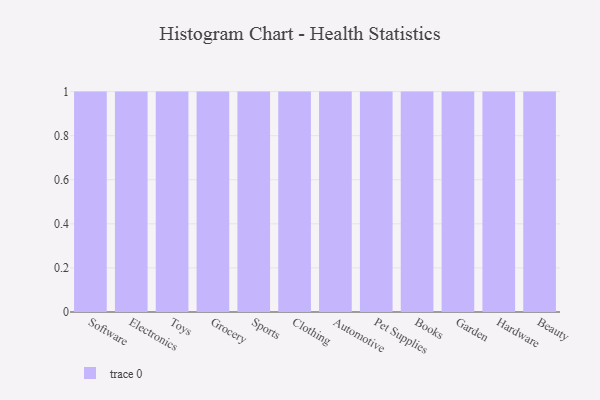
{"axis": {"x": "Category", "y": "Satisfaction Score"}, "legend": [""], "data": [{"x": "Software", "y": 77, "type": ""}, {"x": "Electronics", "y": 53, "type": ""}, {"x": "Toys", "y": 29, "type": ""}, {"x": "Grocery", "y": 50, "type": ""}, {"x": "Sports", "y": 68, "type": ""}, {"x": "Clothing", "y": 2, "type": ""}, {"x": "Automotive", "y": 17, "type": ""}, {"x": "Pet Supplies", "y": 13, "type": ""}, {"x": "Books", "y": 83, "type": ""}, {"x": "Garden", "y": 77, "type": ""}, {"x": "Hardware", "y": 77, "type": ""}, {"x": "Beauty", "y": 28, "type": ""}]}